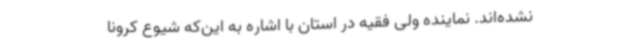
نشده‌اند. نماینده ولی فقیه در استان با اشاره به این‌که شیوع کرونا